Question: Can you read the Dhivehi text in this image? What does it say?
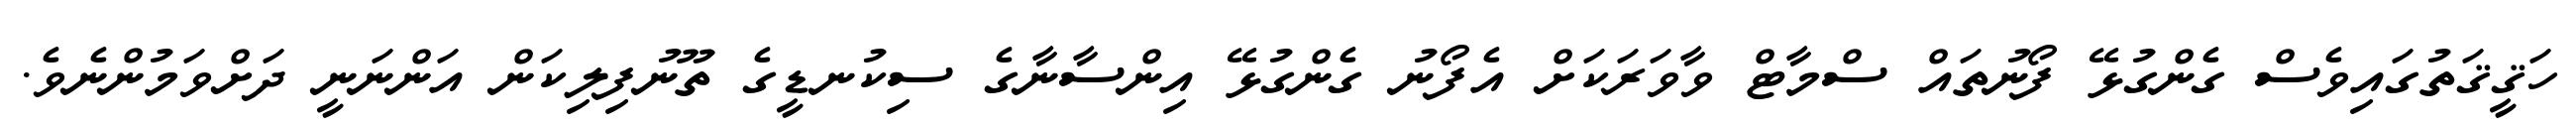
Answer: ހަޤީޤަތުގައިވެސް ގެންގުޅޭ ފޯނުތައް ސްމާޓް ވާވަރަކަށް އެފޯނު ގެންގުޅޭ އިންސާނާގެ ސިކުނޑީގެ ތޫނުފިލިކަން އަންނަނީ ދަށްވަމުންނެވެ.